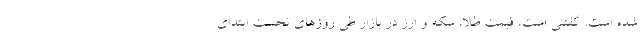
شده است. گفتنی است، قیمت طلا، سکه و ارز در بازار طی روزهای نخست ابتدای